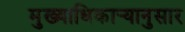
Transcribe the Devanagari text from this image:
मुख्याधिकार्‍यानुसार